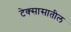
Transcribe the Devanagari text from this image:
टेक्सासातील